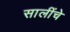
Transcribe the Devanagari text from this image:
सालींचे